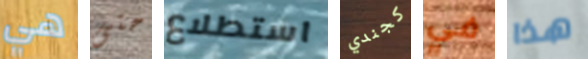
هي حتى استطلاع كجندي في هذا